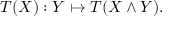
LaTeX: T ( X ) : Y \mapsto T ( X \wedge Y ) .